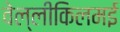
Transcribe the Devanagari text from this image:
वेल्लीकिलमई